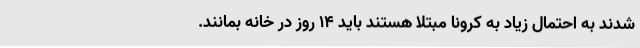
شدند به احتمال زیاد به کرونا مبتلا هستند باید 14 روز در خانه بمانند.